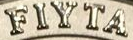
FIYTA